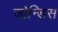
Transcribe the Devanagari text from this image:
जोन्डिस